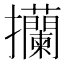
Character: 𢺤